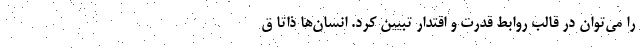
را می‌توان در قالب روابط قدرت و اقتدار تبیین کرد. انسان‌ها ذاتا ق